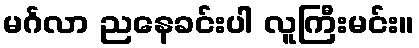
မင်္ဂလာ ညနေခင်းပါ လူကြီးမင်း။